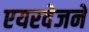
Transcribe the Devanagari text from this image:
एयरवेजने